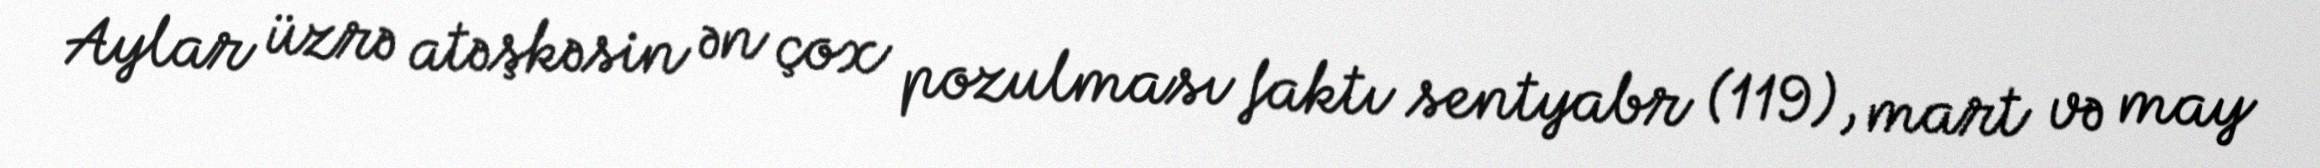
Aylar üzrə atəşkəsin ən çox pozulması faktı sentyabr (119), mart və may